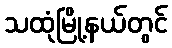
သထုံမြို့နယ်တွင်